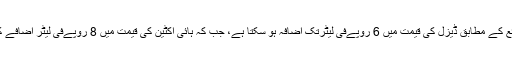
انڈسٹری ذرائع کے مطابق ڈیزل کی قیمت میں 6 روپےفی لیٹرتک اضافہ ہو سکتا ہے، جب کہ ہائی آکٹین کی قیمت میں 8 روپےفی لیٹر اضافے کا امکان ہے۔